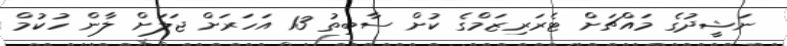
ނަޝީދުގެ މައްޗަށް ޓެރަރިޒަމްގެ ކުށް ސާބިތު 13 އަހަރަށް ޖަލަށް ލާން ހުކުމް